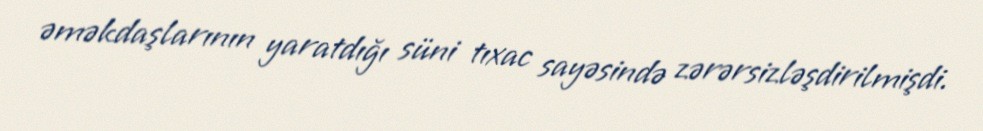
əməkdaşlarının yaratdığı süni tıxac sayəsində zərərsizləşdirilmişdi.